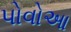
પોવોઆ